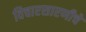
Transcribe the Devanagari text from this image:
विचारसारणीचे